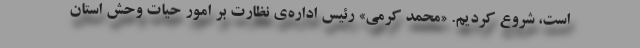
است، شروع کردیم. «محمد کرمی» رئیس اداره‌ی نظارت بر امور حیات وحش استان